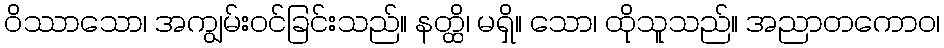
ဝိဿာသော၊ အကျွမ်းဝင်ခြင်းသည်။ နတ္ထိ၊ မရှိ။ သော၊ ထိုသူသည်။ အညာတကောဝ၊